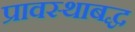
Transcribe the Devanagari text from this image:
प्रावस्थाबद्ध